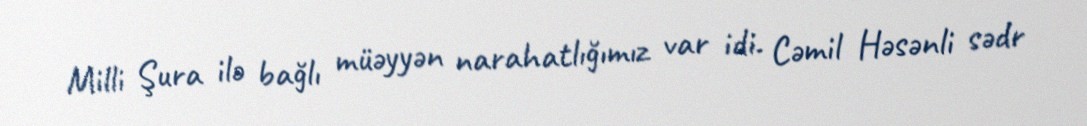
Milli Şura ilə bağlı müəyyən narahatlığımız var idi. Cəmil Həsənli sədr